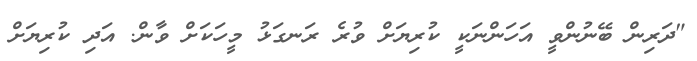
"ދަރިން ބޭނުންވީ އަހަންނަކީ ކުރިޔަށް ވުރެ ރަނގަޅު މީހަކަށް ވާން. އަދި ކުރިޔަށް